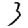
Digit: 3